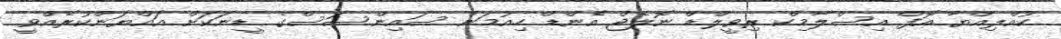
ކުއްލިއްޔާ އޮފް އިސްލާމިކް ރިވީލްޑް ނޮލެޖް އެންޑް ހިއުމަން ސައިންސަސްގެ ޑީނަކަށް އައްޔަންކުރެއްވީ